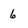
Character: 6